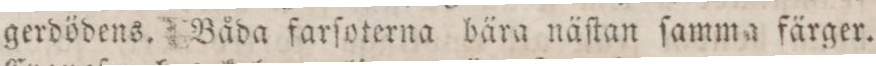
gerdödens. Båda farſoterna bära näſtan ſamma färger.